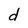
Character: d